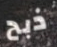
ذبح